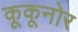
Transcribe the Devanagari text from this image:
कूकूनोर